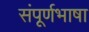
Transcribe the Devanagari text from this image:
संपूर्णभाषा